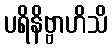
ပရိနိဗ္ဗာဟိသိ